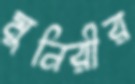
মুনিরীর